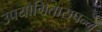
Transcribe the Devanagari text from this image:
उपयोगितासपन्न